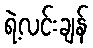
ရဲ့လင်းချန်